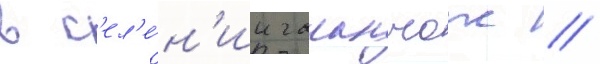
в с'ел'е́н'ии галанчож //